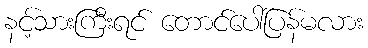
နင့်သားကြီးရင် တောင်ပေါ်ပြန်မလား